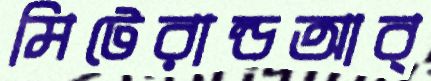
মিটেরান্ডআব্